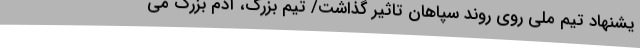
یشنهاد تیم ملی روی روند سپاهان تاثیر گذاشت/ تیم بزرگ، آدم بزرگ می